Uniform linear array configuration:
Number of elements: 16
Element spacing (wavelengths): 1
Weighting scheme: hamming
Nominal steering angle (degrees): -60
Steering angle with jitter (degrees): -58.413
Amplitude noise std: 0.05
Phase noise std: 0.05

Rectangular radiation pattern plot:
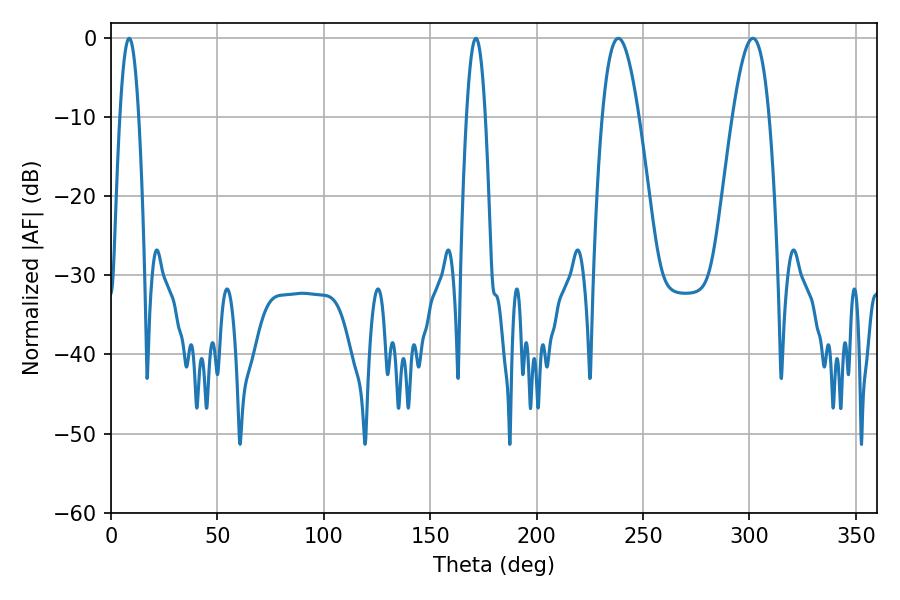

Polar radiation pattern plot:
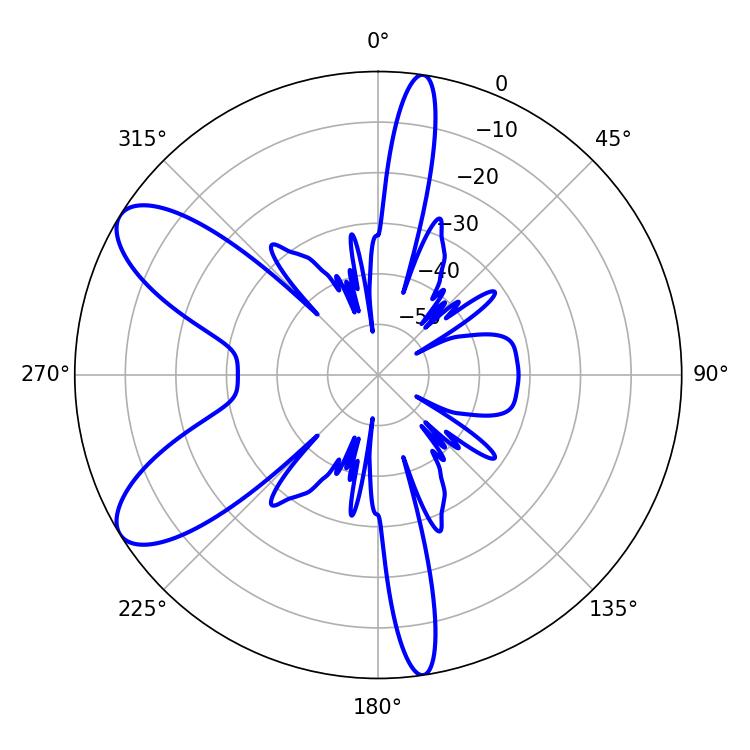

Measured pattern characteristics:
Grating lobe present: TRUE
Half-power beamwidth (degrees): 9.36
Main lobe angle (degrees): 238.32